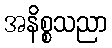
အနိစ္စသညာ